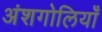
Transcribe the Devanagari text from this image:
अंशगोलियाँ